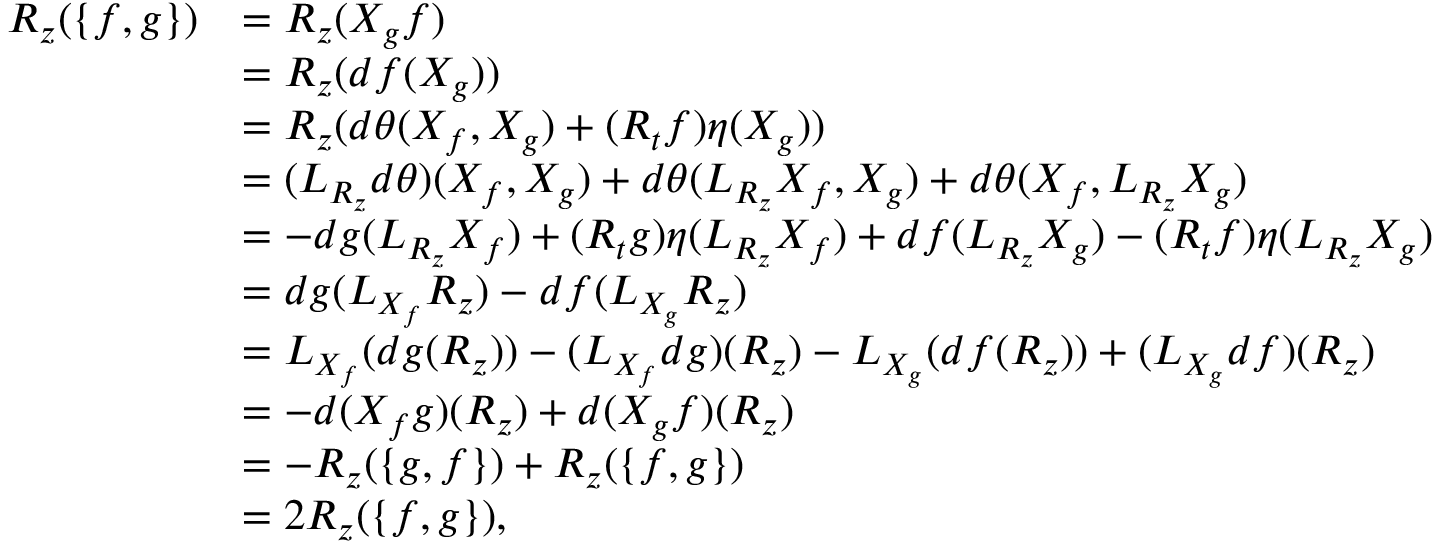
\begin{array} { r l } { R _ { z } ( \lbrace f , g \rbrace ) } & { = R _ { z } ( X _ { g } f ) } \\ & { = R _ { z } ( d f ( X _ { g } ) ) } \\ & { = R _ { z } ( d \theta ( X _ { f } , X _ { g } ) + ( R _ { t } f ) \eta ( X _ { g } ) ) } \\ & { = ( L _ { R _ { z } } d \theta ) ( X _ { f } , X _ { g } ) + d \theta ( L _ { R _ { z } } X _ { f } , X _ { g } ) + d \theta ( X _ { f } , L _ { R _ { z } } X _ { g } ) } \\ & { = - d g ( L _ { R _ { z } } X _ { f } ) + ( R _ { t } g ) \eta ( L _ { R _ { z } } X _ { f } ) + d f ( L _ { R _ { z } } X _ { g } ) - ( R _ { t } f ) \eta ( L _ { R _ { z } } X _ { g } ) } \\ & { = d g ( L _ { X _ { f } } R _ { z } ) - d f ( L _ { X _ { g } } R _ { z } ) } \\ & { = L _ { X _ { f } } ( d g ( R _ { z } ) ) - ( L _ { X _ { f } } d g ) ( R _ { z } ) - L _ { X _ { g } } ( d f ( R _ { z } ) ) + ( L _ { X _ { g } } d f ) ( R _ { z } ) } \\ & { = - d ( X _ { f } g ) ( R _ { z } ) + d ( X _ { g } f ) ( R _ { z } ) } \\ & { = - R _ { z } ( \lbrace g , f \rbrace ) + R _ { z } ( \lbrace f , g \rbrace ) } \\ & { = 2 R _ { z } ( \lbrace f , g \rbrace ) , } \end{array}